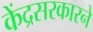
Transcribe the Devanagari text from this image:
केंद्रसरकारने